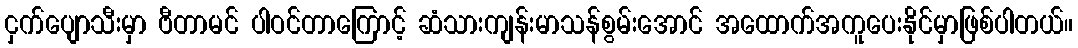
ငှက်ပျောသီးမှာ ဗီတာမင် ပါဝင်တာကြောင့် ဆံသားကျန်းမာသန်စွမ်းအောင် အထောက်အကူပေးနိုင်မှာဖြစ်ပါတယ်။